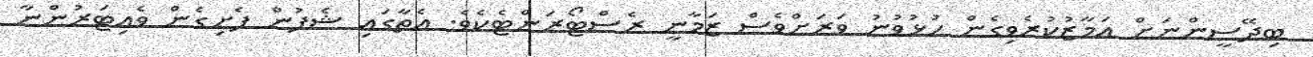
ބިދޭސީންނަށް އަމާޒުކުރެވިގެން ހުޅުވުނު ވަރަށްވެސް ޒަމާނީ ރެސްޓޯރަންޓެކެވެ. އެތާގައި ޝެފުން ފެށިގެން ވެއިޓަރުންނާ